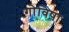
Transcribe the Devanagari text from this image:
गोविषा